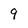
Character: 9